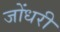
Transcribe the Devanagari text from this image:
जोंधरी